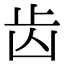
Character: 齿